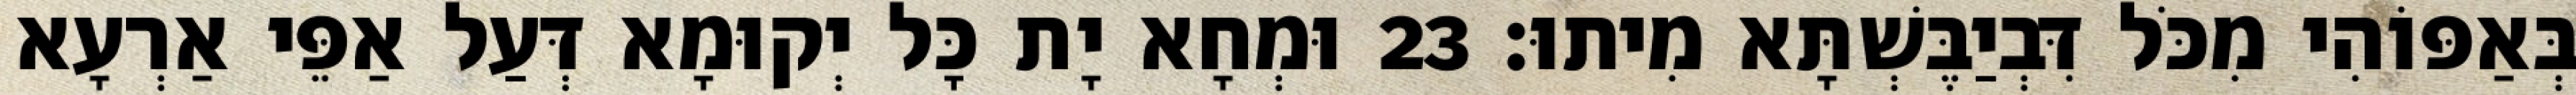
בְּאַפּוֹהִי מִכֹּל דִּבְיַבֶּשְׁתָּא מִיתוּ׃ 23 וּמְחָא יָת כָּל יְקוּמָא דְּעַל אַפֵּי אַרְעָא